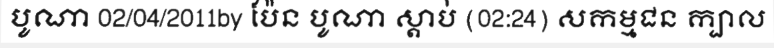
បូណា 02/04/2011by ប៉ែន បូណា ស្តាប់ (02:24) សកម្មជន ក្បាល